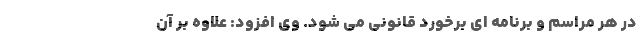
در هر مراسم و برنامه ای برخورد قانونی می شود. وی افزود: علاوه بر آن